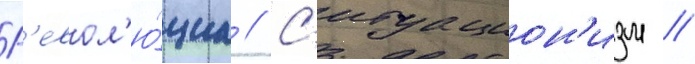
Р'евол'ю́циа // С'итуацион'изм //